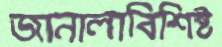
জানালাবিশিষ্ট